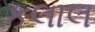
કલાલ